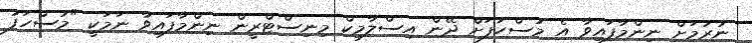
ނުރުމަށް ނިންމާފައިވާ އެ މުސްހަފަށް ދޭން އިސްލާމިކް މިނިސްޓްރީން ނިންމާފައިވާ ނަމަކީ "މުސްހަފު